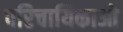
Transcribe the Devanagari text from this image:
परिचायिकाओ